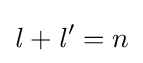
{\mathit {l}}+{\mathit {l}}^{\prime }=n